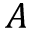
A